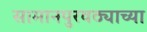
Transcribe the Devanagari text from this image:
सामानपुरवठ्याच्या